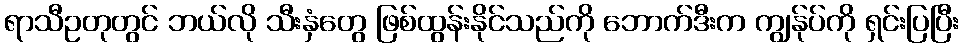
ရာသီဥတုတွင် ဘယ်လို သီးနှံတွေ ဖြစ်ထွန်းနိုင်သည်ကို ဘောက်ဒီးက ကျွန်ုပ်ကို ရှင်းပြပြီး